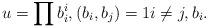
LaTeX: \begin{align*}u=\prod b_i^i, (b_i,b_j)=1i\neq j, b_i .\end{align*}